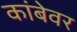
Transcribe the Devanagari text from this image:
कांबेवर